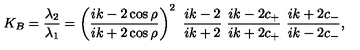
K _ { B } = \frac { \lambda _ { 2 } } { \lambda _ { 1 } } = \left( \frac { i k - 2 \cos \rho } { i k + 2 \cos \rho } \right) ^ { 2 } \ \frac { i k - 2 } { i k + 2 } \ \frac { i k - 2 c _ { + } } { i k + 2 c _ { + } } \ \frac { i k + 2 c _ { - } } { i k - 2 c _ { - } } ,